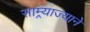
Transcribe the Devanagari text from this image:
साम्र्याज्याने